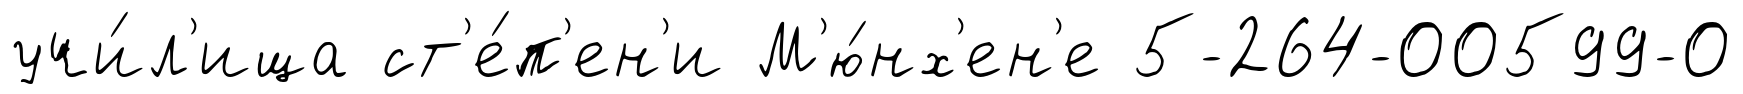
учи́л'ища ст'е́п'ен'и М'ю́нх'ен'е 5-264-00599-0